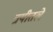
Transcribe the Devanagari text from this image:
त्रयीतले